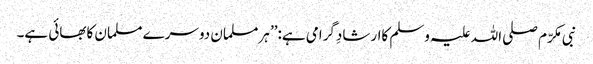
نبی مکرّم صلی اللہ علیہ وسلم کاارشادِگرامی ہے:’’ ہرمسلمان دوسرے مسلمان کابھائی ہے۔